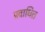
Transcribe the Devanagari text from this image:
प्रवाधित